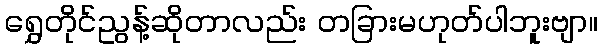
ရွှေတိုင်ညွန့်ဆိုတာလည်း တခြားမဟုတ်ပါဘူးဗျာ။